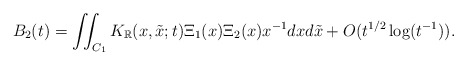
\begin{align*}B_2(t)=\iint_{C_1}K_{\mathbb{R}}(x,\tilde x;t)\Xi_1(x)\Xi_2(x)x^{-1}dxd\tilde x+O(t^{1/2}\log(t^{-1})).\end{align*}